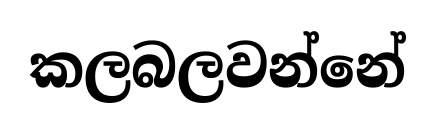
කලබලවන්නේ